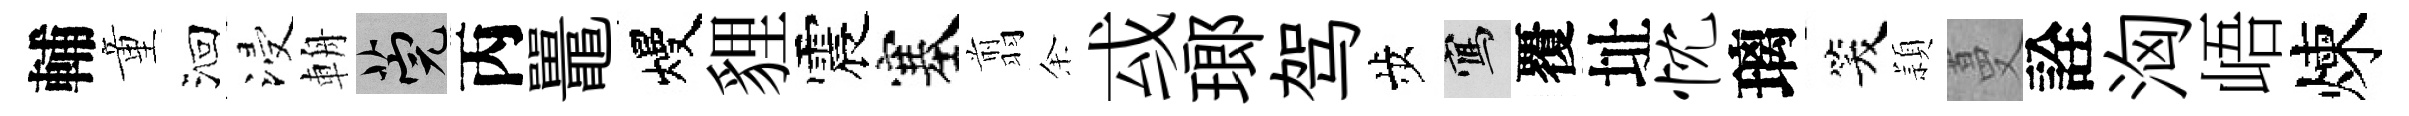
輔童洄浸輈筦丙鼉熳貍震塞翦余㦯瑯驾歩寫覆址忱璃笑頴蔓詮洶峿煉